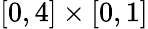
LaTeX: \left[0,4\right]\times\left[0,1\right]